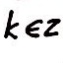
k \in Z